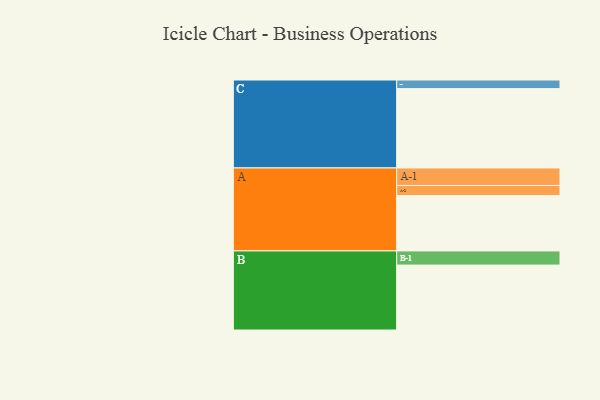
{"axis": {"x": "Segment", "y": "Value"}, "legend": ["", "A", "B", "C"], "data": [{"x": "A", "y": 411, "type": ""}, {"x": "B", "y": 482, "type": ""}, {"x": "C", "y": 589, "type": ""}, {"x": "A-1", "y": 130, "type": "A"}, {"x": "A-2", "y": 75, "type": "A"}, {"x": "B-1", "y": 105, "type": "B"}, {"x": "C-1", "y": 64, "type": "C"}]}